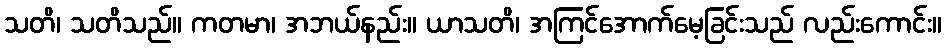
သတိ၊ သတိသည်။ ကတမာ၊ အဘယ်နည်း။ ယာသတိ၊ အကြင်အောက်မေ့ခြင်းသည် လည်းကောင်း။